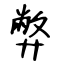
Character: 弊